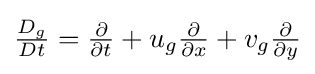
{\textstyle {\frac {D_{g}}{Dt}}={\frac {\partial }{\partial t}}+u_{g}{\frac {\partial }{\partial x}}+v_{g}{\frac {\partial }{\partial y}}}